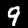
Label: 9